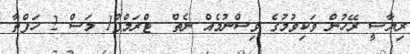
ރިޔާސީ ރޭހުން ވަކިވުމުގެ ވިސްނުމެއް ނެތް  ޓްރަމްޕް1 މަސް 2 ހަފްތާ